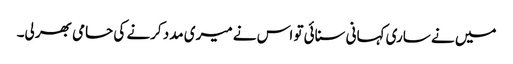
میں نے ساری کہانی سنائی تو اس نے میری مدد کرنے کی حامی بھر لی۔